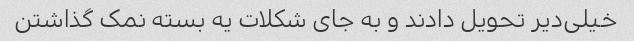
خیلی‌دیر تحویل دادند و به جای شکلات یه بسته نمک گذاشتن